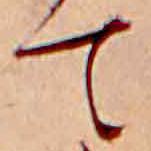
て